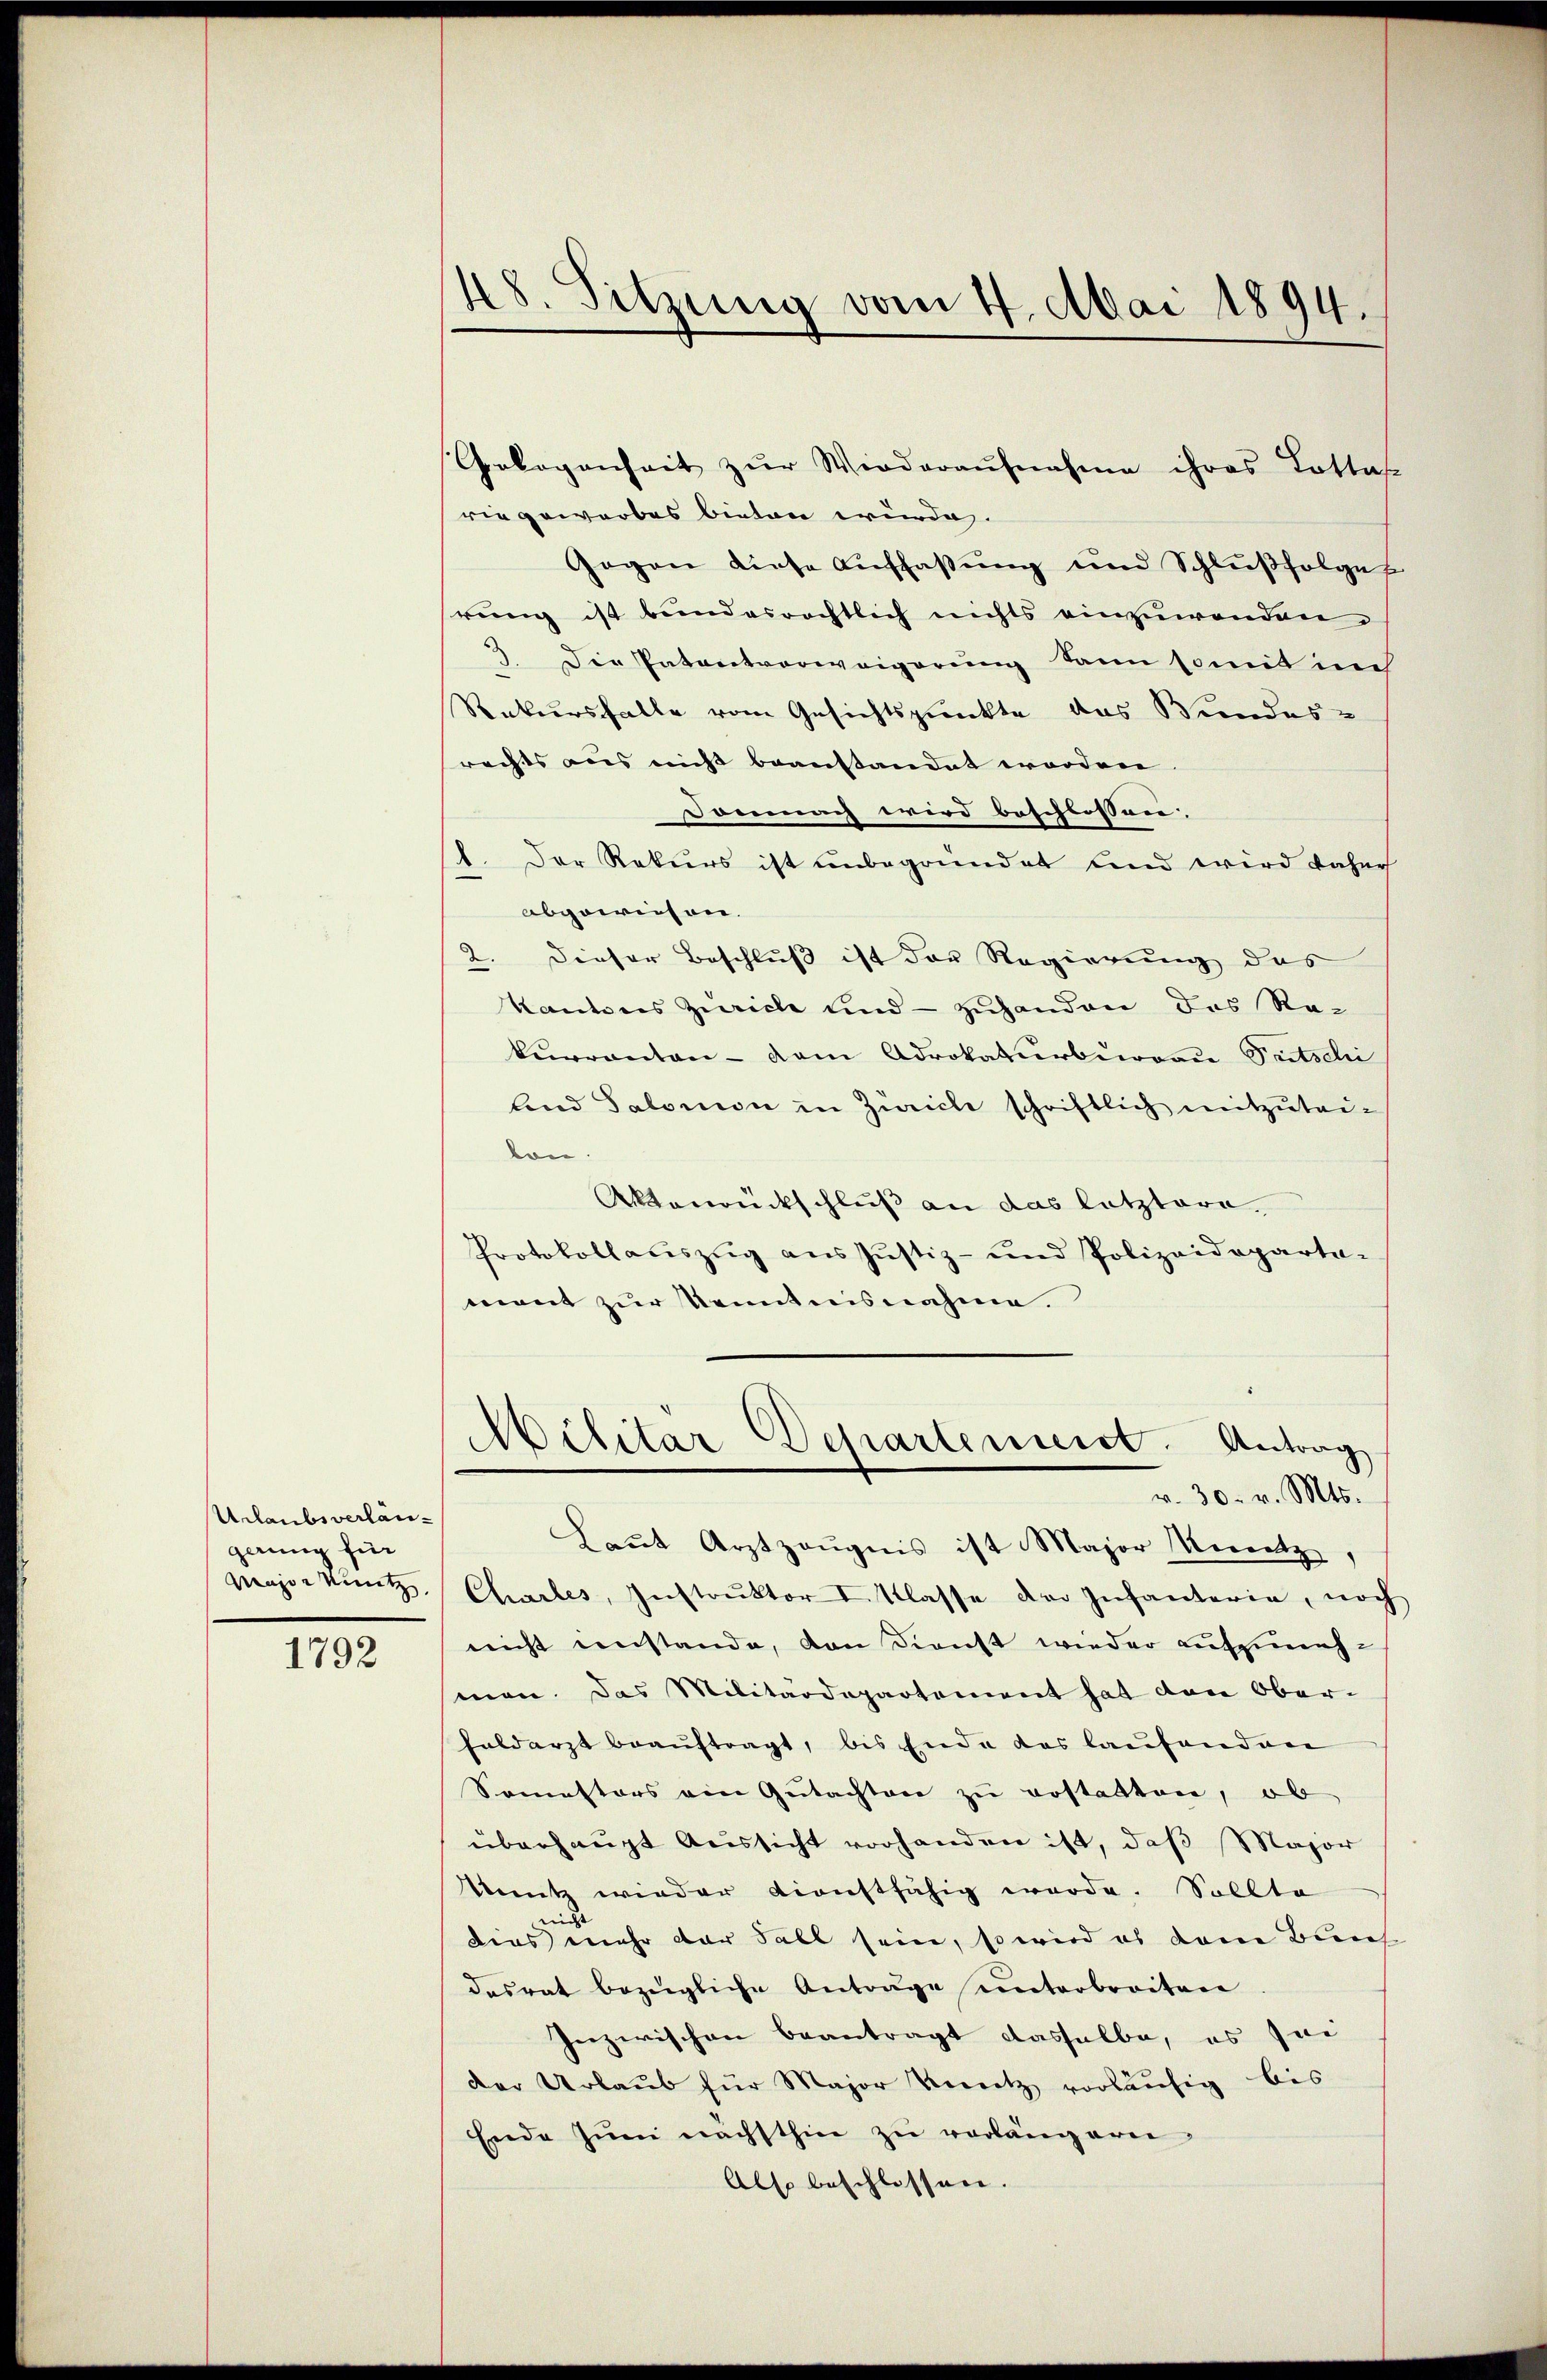
Urlaubsverlängerung für
Wenzen kuntz,

1792

48. Sitzung vom 4. Mai 1894.

ringeworbes bieten würde.
Gegen diese Auffaßung und Schlußfolgen
rung ist bundesrechtlich nichts einzuwenden.
3. Die Patentverweigerung kann somit auch
Rekursfalle vom Gesichtspunkte das Bundes-
rechts aus nicht beanstandet worden |
Dommag wird beschlossen.
1. Der Rekurs ist unbegründet und wird daher
abgewiesen.
2. Dieser Beschluß ist der Regierung des
Kantons Zürich und - zuhanden das Rekuranten - dem Advokaturburren Pitschi
land Salomon in Zürich schriftlich mitzutei-
lon.
Aktenrückschluß an das letztere
Protokollaciszug aus Justiz- und Polizeidepartament zur Kenntnisnahme

Laut Arztzeugnis ist Major Knutz,
Chartes, Instrŭktor I. Klasse der Infanteria, noch
nicht einstande, den Dienst wieder aufzunehmen. Das Militärdepartement hat den Ober-
feldarzt beauftragt, bis Ende das laufenden
Somestors am Gutachten zu erstatten, ob
überhaupt Aussicht vorhanden ist, daß Major
Knutz wieder dienstfähig werde. Sollte
n
dies mehr der Fall sein, so wird es dem Bunse
desrat bezügliche Antrage unterbreiten
Inzwischen beantragt dasselbe, es sei
der Urlaub für Major Knetz vorläufig bis
Ende zŭm nächsthin zu verlängerei
Also beschlossen.

Gelogenheit zŭr Wiederaŭfnahme ihres Lottat

Militar Departement. Antrag
r. 30. v. Mts.